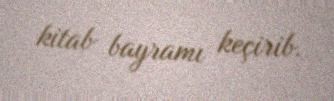
kitab bayramı keçirib.